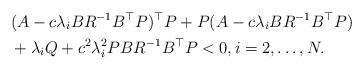
LaTeX: \begin{align*}\begin{aligned}&(A-c\lambda_i BR^{-1}B^{\top}P)^{\top}P + P(A- c\lambda_iBR^{-1}B^{\top}P) \\&+ \lambda_i Q + c^2\lambda_i^2 PBR^{-1}B^{\top}P < 0,i=2,\ldots,N.\end{aligned}\end{align*}